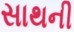
સાથની